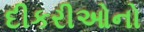
દીકરીઓનો